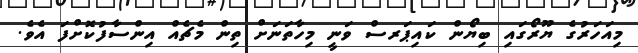
މިއަހަރުގެ ޔޫރޯގައި ބިޔޯން ކައިޕަރސް ވަނީ މިހާތަނަށް ތިން މެޗެއް އިންސާފުކޮށްފަ އެވެ.